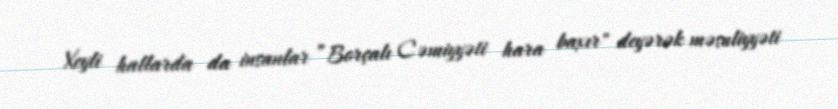
Xeyli hallarda da insanlar ”Borçalı Cəmiyyəti hara baxır" deyərək məsuliyyəti